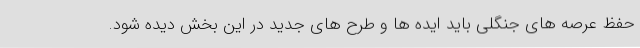
حفظ عرصه های جنگلی باید ایده ها و طرح های جدید در این بخش دیده شود.